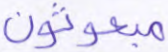
مبعوثون